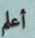
أعلم